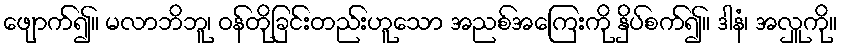
ဖျောက်၍။ မလာဘိဘူ၊ ဝန်တိုခြင်းတည်းဟူသော အညစ်အကြေးကို နှိပ်စက်၍။ ဒါနံ၊ အလှူကို။